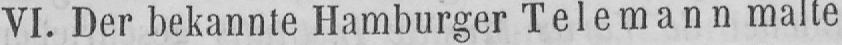
VI. Der bekannte Hamburger Telemann malte